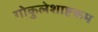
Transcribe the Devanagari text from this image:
गोकुलेशाष्टकम